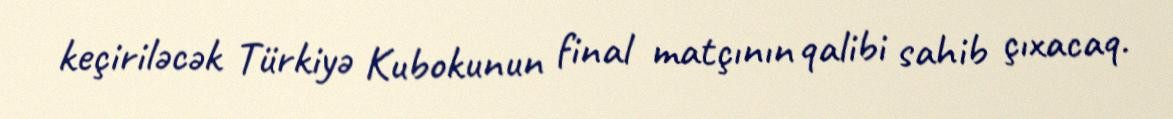
keçiriləcək Türkiyə Kubokunun final matçının qalibi sahib çıxacaq.